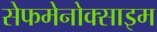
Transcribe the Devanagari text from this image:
सेफमेनोक्साइम